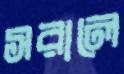
সরালে